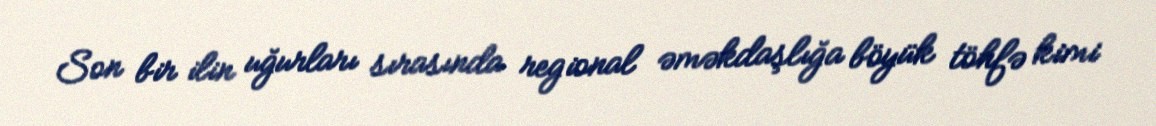
Son bir ilin uğurları sırasında regional əməkdaşlığa böyük töhfə kimi